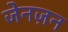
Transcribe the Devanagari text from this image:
जेनज़न